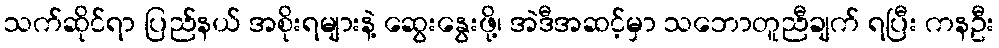
သက်ဆိုင်ရာ ပြည်နယ် အစိုးရများနဲ့ ဆွေးနွေးဖို့၊ အဲဒီအဆင့်မှာ သဘောတူညီချက် ရပြီး ကနဦး